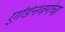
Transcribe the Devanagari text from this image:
ए्डिनबर्गचा